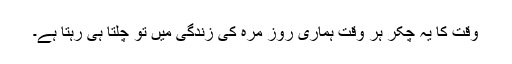
وقت کا یہ چکر ہر وقت ہماری روز مرہ کی زندگی میں تو چلتا ہی رہتا ہے۔